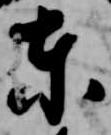
東